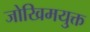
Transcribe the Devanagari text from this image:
जोखिमयु्क्त